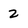
Character: 2